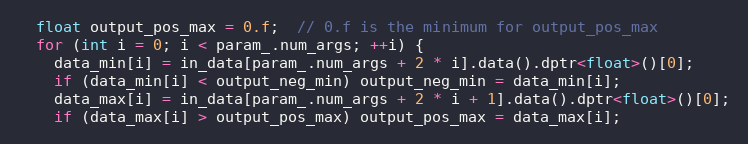
Language: C++
  float output_pos_max = 0.f;  // 0.f is the minimum for output_pos_max
  for (int i = 0; i < param_.num_args; ++i) {
    data_min[i] = in_data[param_.num_args + 2 * i].data().dptr<float>()[0];
    if (data_min[i] < output_neg_min) output_neg_min = data_min[i];
    data_max[i] = in_data[param_.num_args + 2 * i + 1].data().dptr<float>()[0];
    if (data_max[i] > output_pos_max) output_pos_max = data_max[i];